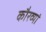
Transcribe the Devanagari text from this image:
कौरव्यां